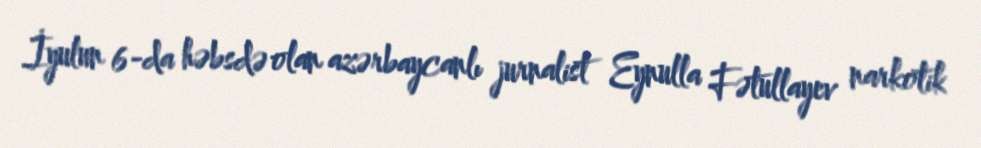
İyulun 6-da həbsdə olan azərbaycanlı jurnalist Eynulla Fətullayev narkotik